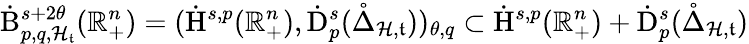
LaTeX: \dot{\mathrm{B}}_{p,q,\mathcal{H}_{\mathfrak{t}}}^{s+2\theta}(\mathbb{R}_{+}^{n})=(\dot{\mathrm{H}}^{s,p}(\mathbb{R}_{+}^{n}),\dot{\mathrm{D}}_{p}^{s}(\mathring{\Delta}_{\mathcal{H},\mathfrak{t}}))_{\theta,q}\subset\dot{\mathrm{H}}^{s,p}(\mathbb{R}_{+}^{n})+\dot{\mathrm{D}}_{p}^{s}(\mathring{\Delta}_{\mathcal{H},\mathfrak{t}})